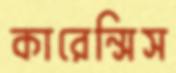
কারেন্সিস